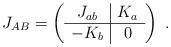
LaTeX: \begin{align*}J_{AB}=\left(\begin{array}{c|c} J_{ab} & K_a \\ \hline -K_b & 0 \end{array}\right)\;.\end{align*}